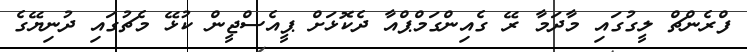
ފްރެންޗް ލީގުގައި މާދަމާ ރޭ ގެއިންގަމްޕްއާ ދެކޮޅަށް ޕީއެސްޖީން ކުޅޭ މެޗުގައި ދުނިޔޭގެ